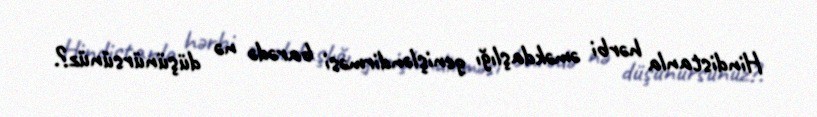
Hindistanla hərbi əməkdaşlığı genişləndirməsi barədə nə düşünürsünüz?.